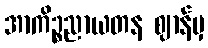
အာကိဉ္စညာယတန ဈာန်မှ